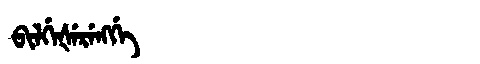
Manchu: ᠪᡳᠯᡤᡝᡧᡝᡵᡝᠩᡤᡝ
Romanization: BILGEŠERENGGE